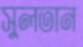
সুলতান